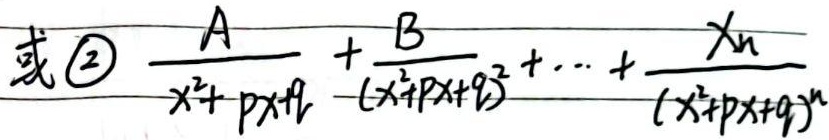
或\textcircled{2}\(\frac{A}{x^{2}+px + q}+\frac{B}{(x^{2}+px + q)^{2}}+\cdots+\frac{X_{n}}{(x^{2}+px + q)^{n}}\)